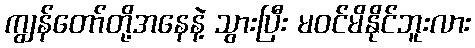
ကျွန်တော်တို့အနေနဲ့ သွားပြီး မဝင်မိနိုင်ဘူးလား